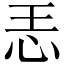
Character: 𱞂